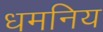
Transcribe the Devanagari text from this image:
धमनिय